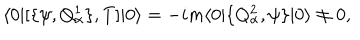
LaTeX: \langle 0 | [ \{ \psi , Q _ { \alpha } ^ { 1 } \} , T ] | 0 \rangle = - i m \langle 0 | \{ Q _ { \alpha } ^ { 2 } , \psi \} | 0 \rangle \neq 0 ,